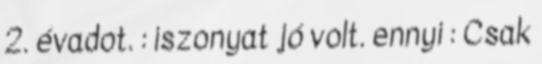
2. évadot. : iszonyat jó volt. ennyi : Csak